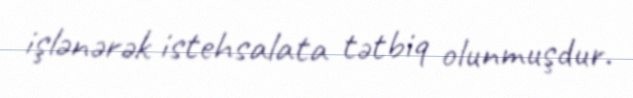
işlənərək istehsalata tətbiq olunmuşdur.